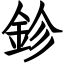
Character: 鉁